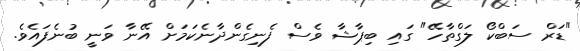
"ޑަރް ސަބްކޯ ލަގްތާހޭ" ގައި ބިޕާޝާ ވެސް ފެނިގެންދާނެކަމަށް އޭނާ ވަނީ ބުނެފައެވެ.